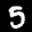
Label: 5